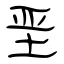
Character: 垩